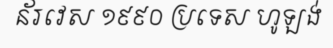
ន័រវេស ១៩៩០ ប្រទេស ហូឡង់